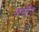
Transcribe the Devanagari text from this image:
कमरैटा